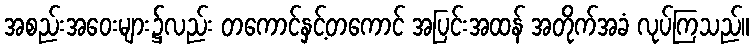
အစည်းအဝေးများ၌လည်း တကောင်နှင့်တကောင် အပြင်းအထန် အတိုက်အခံ လုပ်ကြသည်။